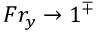
F r _ { y } \to 1 ^ { \mp }